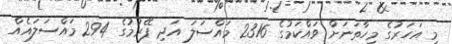
މި އަހަރުގެ މިހާތަނަށް ވައްކަމުގެ 2316 މައްސަލަ އަދި ފޭރުމުގެ 294 މައްސަލައެއް